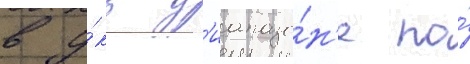
в у́кв д'иапазо́н'е по́